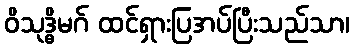
ဝိသုဒ္ဓိမဂ် ထင်ရှားပြအပ်ပြီးသည်သာ၊